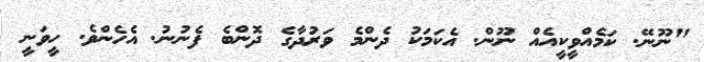
"ނޫނޭ. ކަމެއްވީކީއެއް ނޫން. އެކަމަކު ދެންމެ ވަރުދާގެ ދޮންބެ ފެނުނު. އެހެންވެ. ހީވަނީ